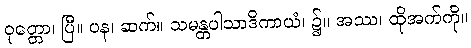
ဝုတ္တော၊ ပြီ။ ပန၊ ဆက်။ သမန္တပါသာဒိကာယံ၊ ၌။ အဿ၊ ထိုအက်ကို။